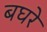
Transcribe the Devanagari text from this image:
बघरे